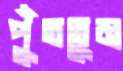
পুঁততুম